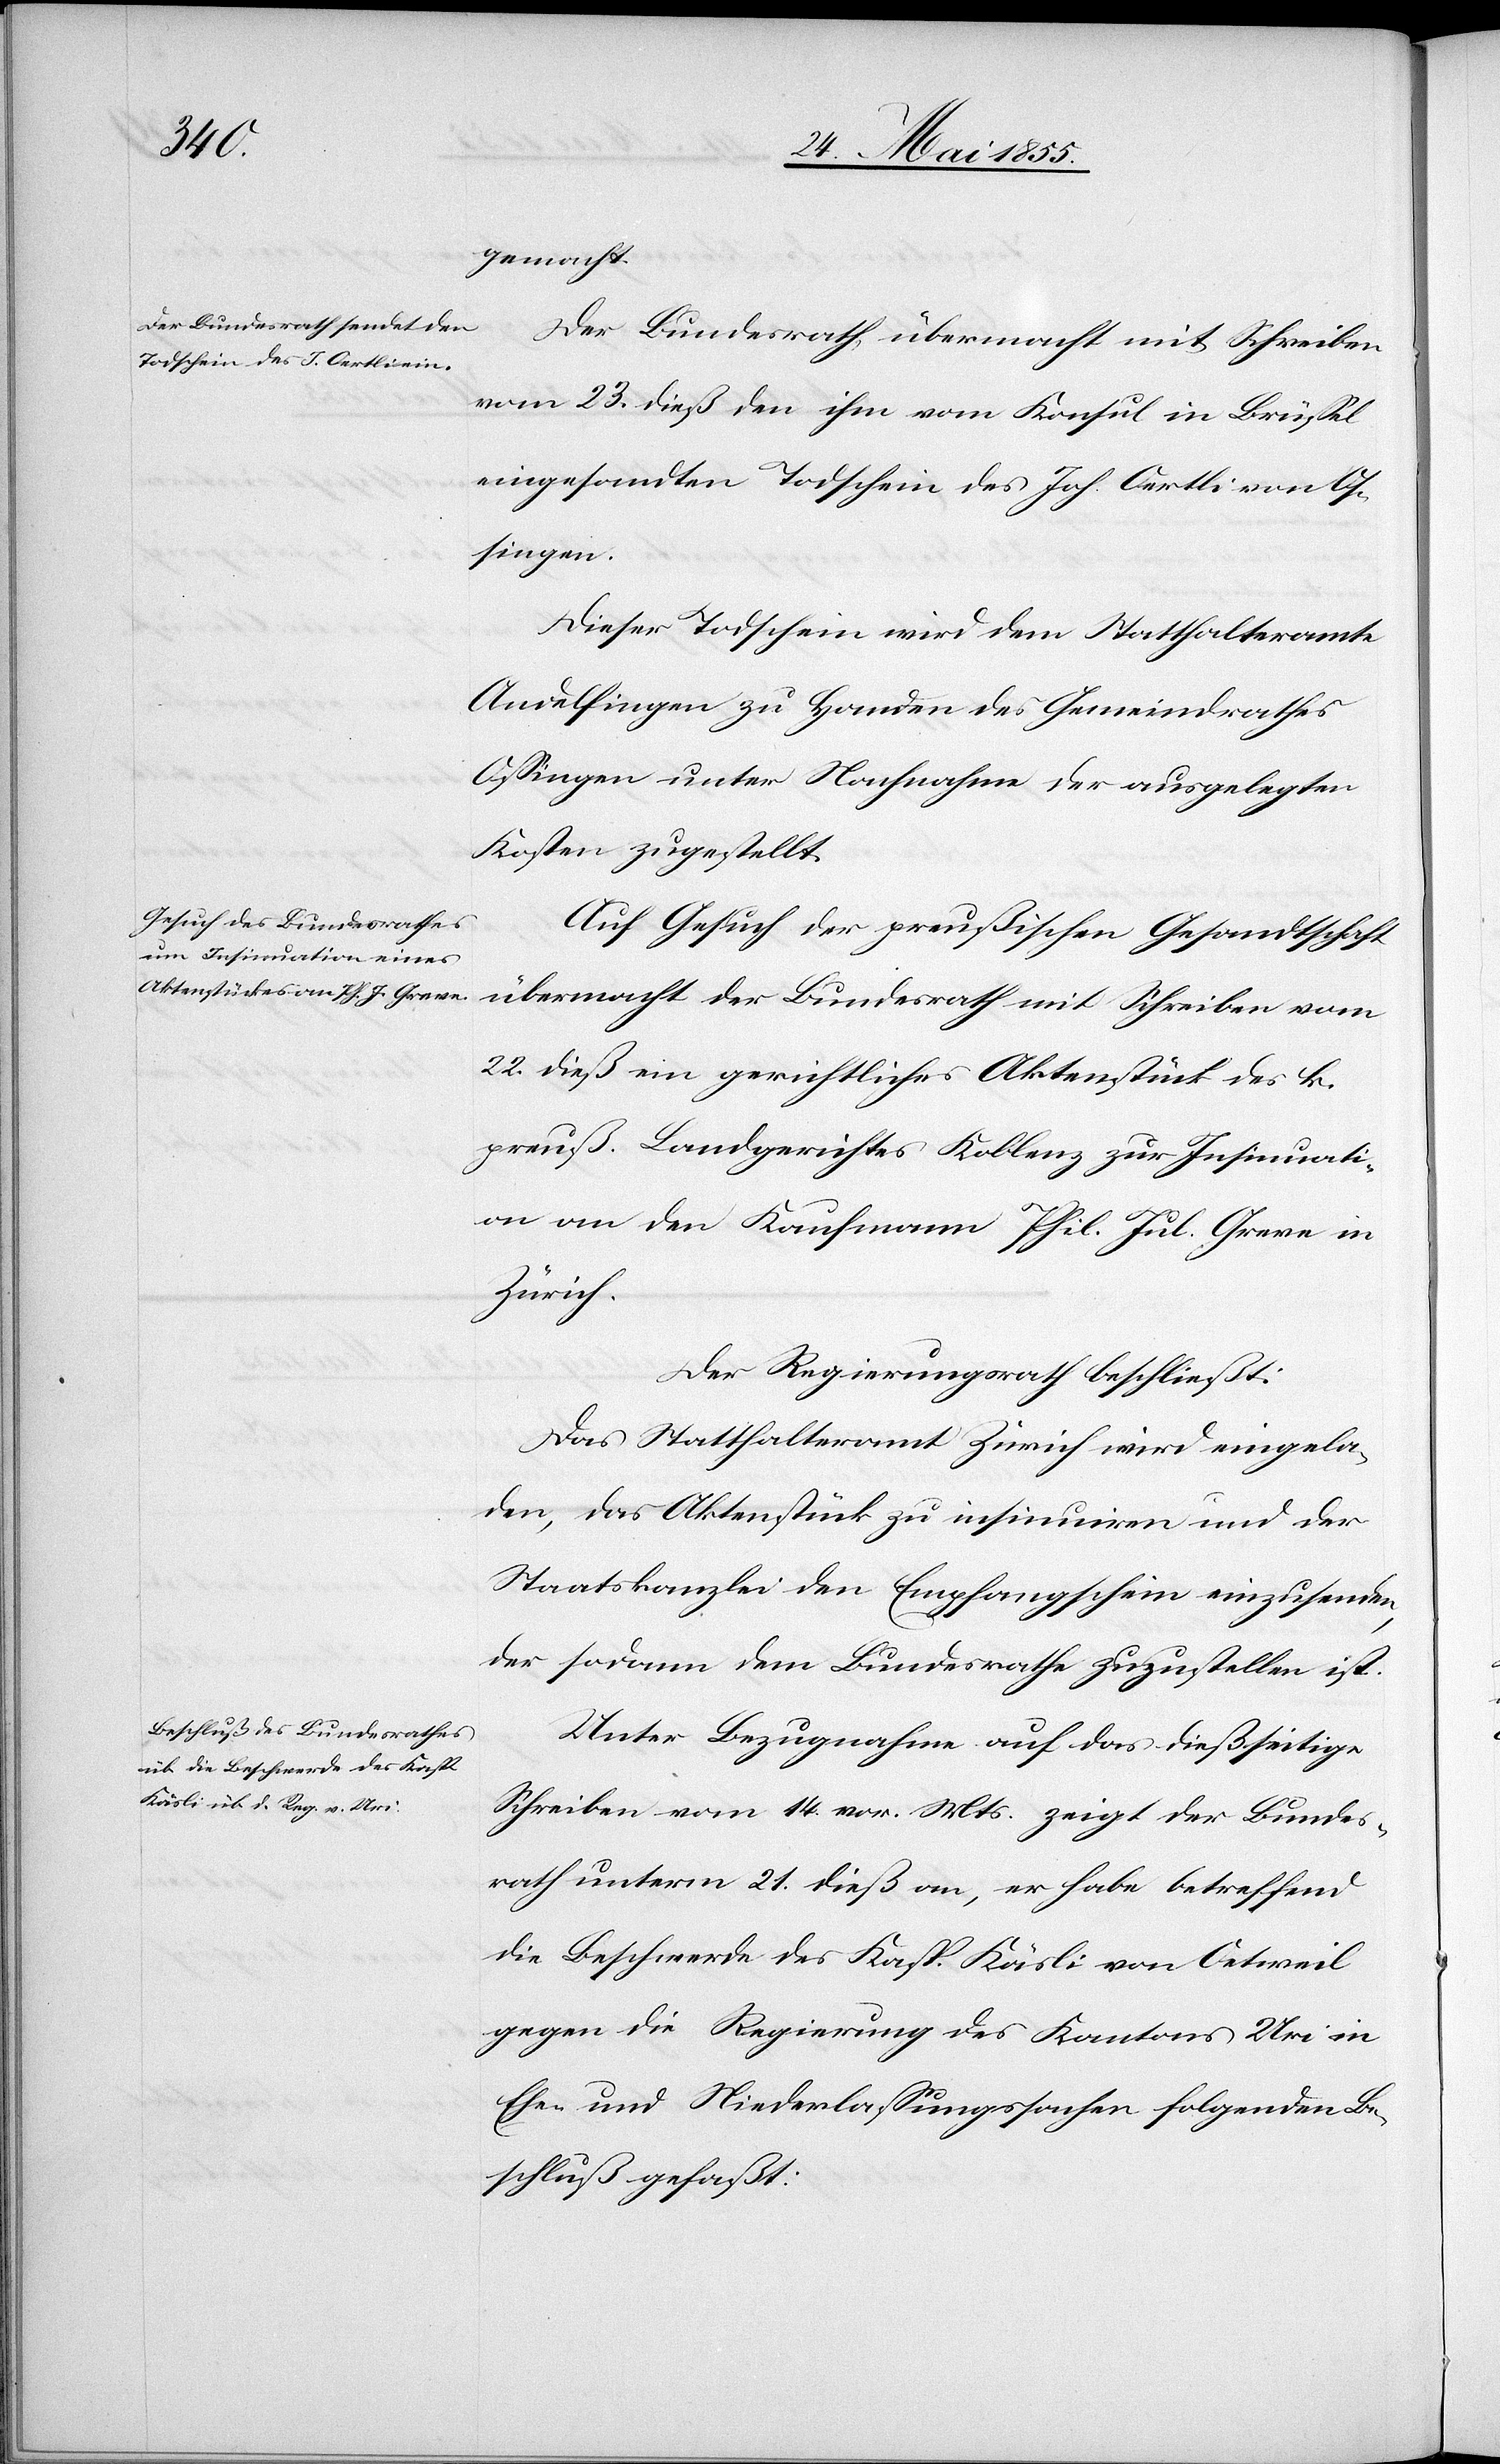
gemacht.
Der Bundesrath übermacht mit Schreiben
vom 23. dieß den ihm vom Konsul in Brüssel
eingesandten Todschein des Joh. Oertli von O¬
ssingen.
Dieser Todschein wird dem Statthalteramte
Andelfingen zu Handen des Gemeindrathes
Ossingen unter Nachnahme der ausgelegten
Kosten zugestellt.
Auf Gesuch der preußischen Gesandtschaft
übermacht der Bundesrath mit Schreiben vom
22. dieß ein gerichtliches Aktenstück des k.
preuß. Landgerichtes Koblenz zur Insinuati¬
on an den Kaufmann Phil. Jul. Greve in
Zürich.
Der Regierungsrath beschließt:
Das Statthalteramt Zürich wird eingela¬
den, das Aktenstück zu insinuiren und der
Staatskanzlei den Empfangschein einzusenden,
der sodann dem Bundesrathe zuzustellen ist.
Unter Bezugnahme auf das dießseitige
Schreiben vom 14. vor. Mts. zeigt der Bundes¬
rath unterm 21. dieß an, er habe betreffend
die Beschwerde des Kasp. Käsli von Oetweil
gegen die Regierung des Kantons Uri in
Ehe- und Niederlassungssachen folgenden Be¬
schluß gefaßt: